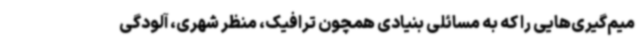
میم‌گیری‌هایی را که به مسائلی بنیادی همچون ترافیک، منظر شهری، آلودگی